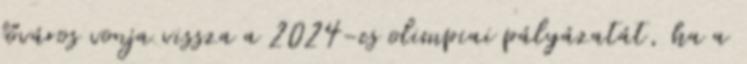
főváros vonja vissza a 2024-es olimpiai pályázatát, ha a